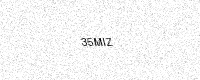
Text: 35MIZ